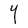
Character: Y